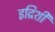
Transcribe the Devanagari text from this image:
इद्रिशी